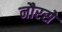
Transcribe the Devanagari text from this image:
नौरसे